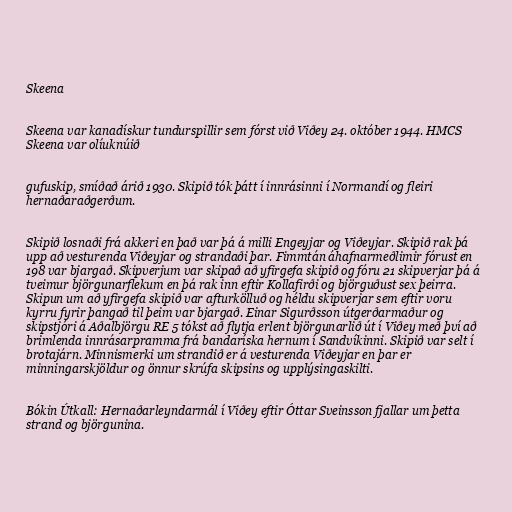
Skeena

Skeena var kanadískur tundurspillir sem fórst við Viðey 24. október 1944. HMCS
Skeena var olíuknúið

gufuskip, smíðað árið 1930. Skipið tók þátt í innrásinni í Normandí og fleiri
hernaðaraðgerðum.

Skipið losnaði frá akkeri en það var þá á milli Engeyjar og Viðeyjar. Skipið rak þá
upp að vesturenda Viðeyjar og strandaði þar. Fimmtán áhafnarmeðlimir fórust en
198 var bjargað. Skipverjum var skipað að yfirgefa skipið og fóru 21 skipverjar þá á
tveimur björgunarflekum en þá rak inn eftir Kollafirði og björguðust sex þeirra.
Skipun um að yfirgefa skipið var afturkölluð og héldu skipverjar sem eftir voru
kyrru fyrir þangað til þeim var bjargað. Einar Sigurðsson útgerðarmaður og
skipstjóri á Aðalbjörgu RE 5 tókst að flytja erlent björgunarlið út í Viðey með því að
brimlenda innrásarpramma frá bandaríska hernum í Sandvíkinni. Skipið var selt í
brotajárn. Minnismerki um strandið er á vesturenda Viðeyjar en þar er
minningarskjöldur og önnur skrúfa skipsins og upplýsingaskilti.

Bókin Útkall: Hernaðarleyndarmál í Viðey eftir Óttar Sveinsson fjallar um þetta
strand og björgunina.